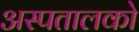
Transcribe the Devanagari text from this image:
अस्पतालको